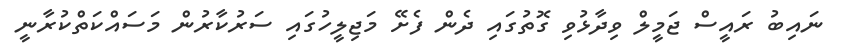
ނައިބު ރައީސް ޖަމީލް ވިދާޅުވި ގޮތުގައި ދެން ފެށޭ މަޖިލީހުގައި ސަރުކާރުން މަސައްކަތްކުރާނީ